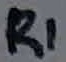
Text: R1